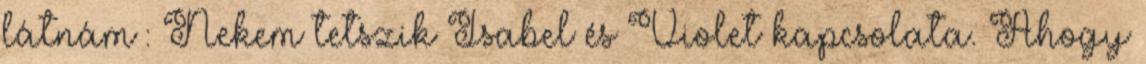
látnám : Nekem tetszik Isabel és Violet kapcsolata. Ahogy